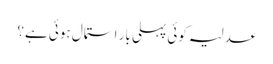
عدلیہ کوئی پہلی بار استمال ہوئی ہے؟